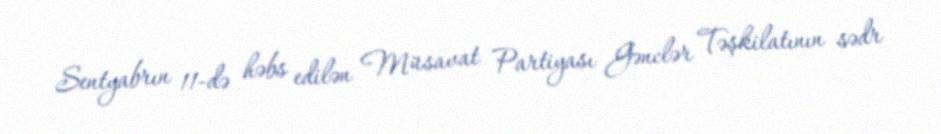
Sentyabrın 11-də həbs edilən Müsavat Partiyası Gənclər Təşkilatının sədr